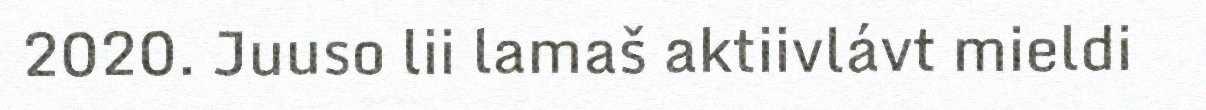
2020. Juuso lii lamaš aktiivlávt mieldi